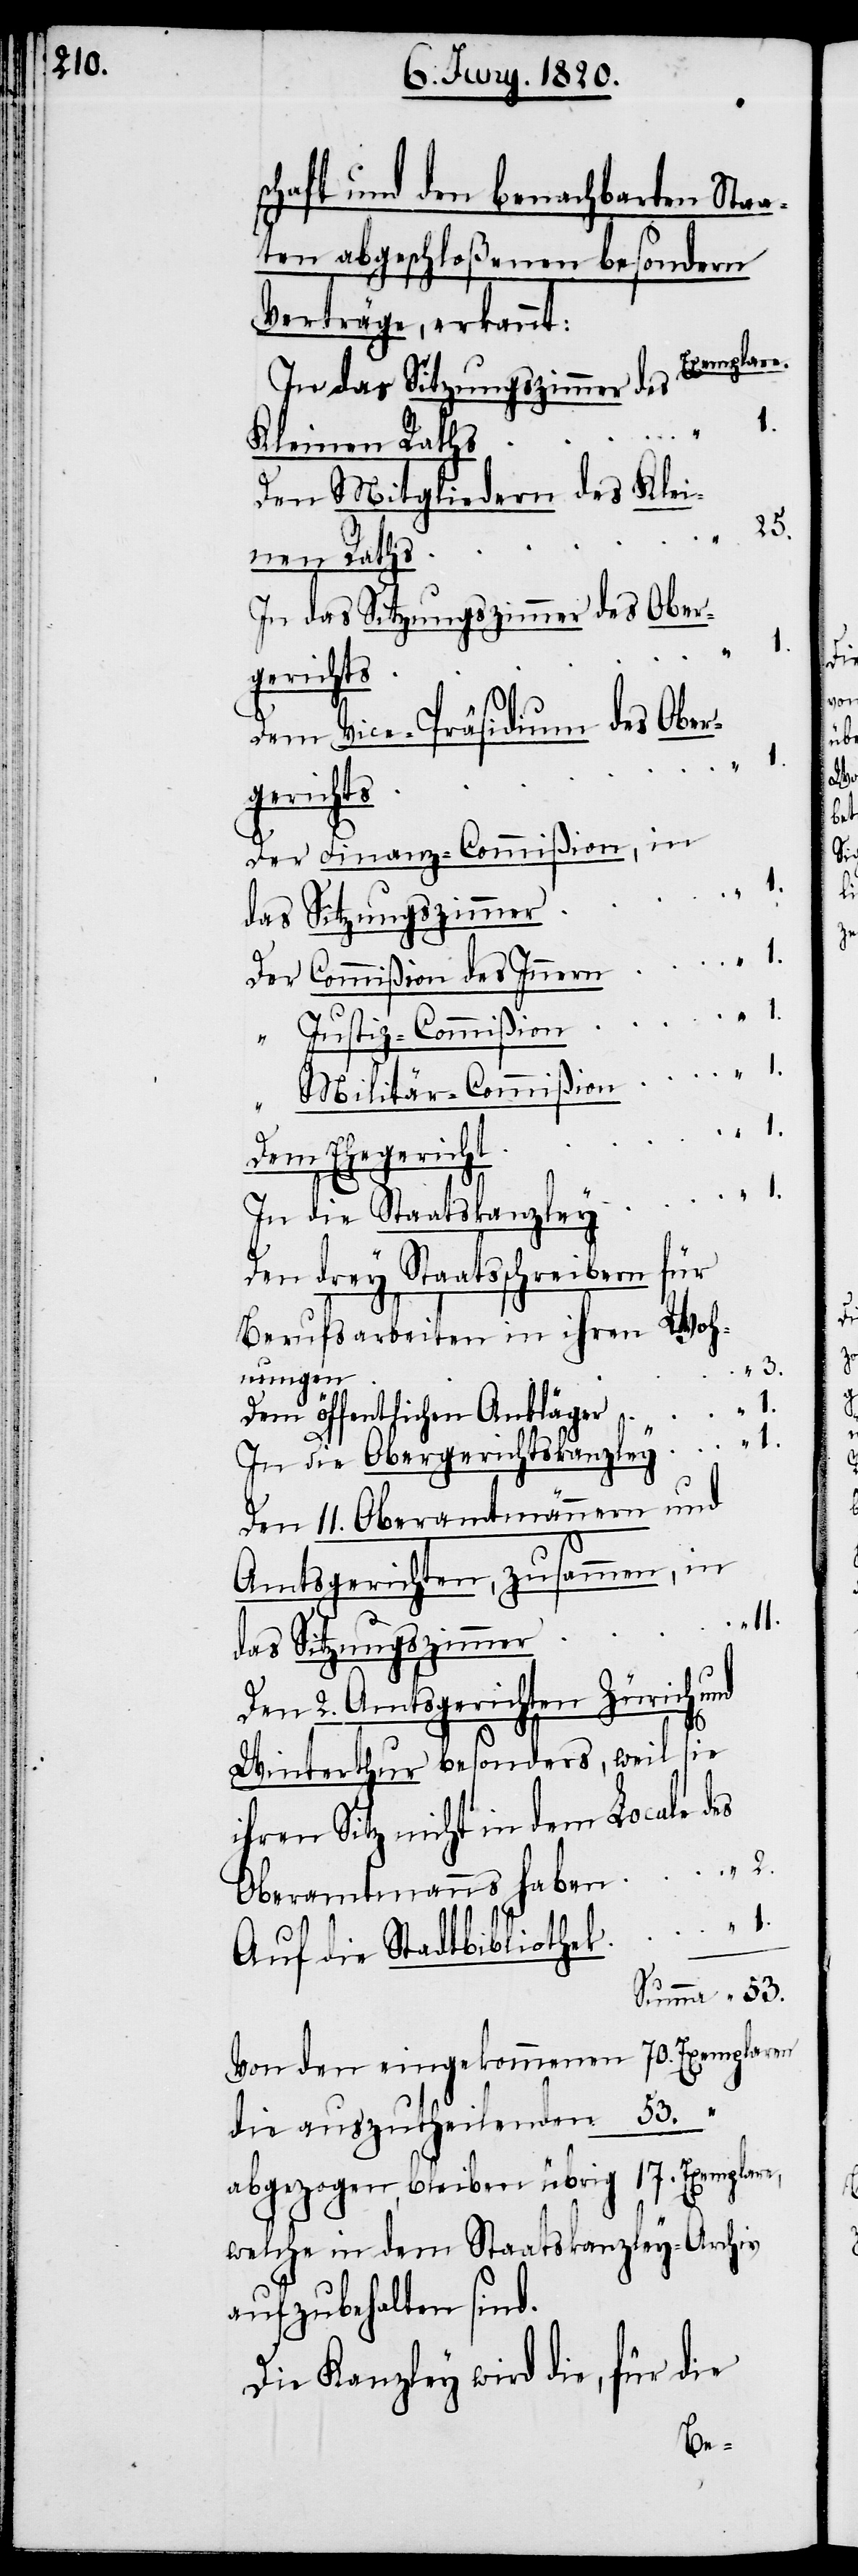
schaft den benachbarten Staa¬
ten abgeschloßenen besondern
Verträge, erkannt:
In das Sitzungszimmer des Kleinen
Den Mitgliedern des Klei¬
In das Sitzungszimmer des Ober¬
Dem Vice-Präsidium des Ober¬
gerichts	1.
Der Finanz-Commißion, in
Der Commißion des Innern	1.
“ Justiz-Commißion	1.
Militär-Commißion	1.
Dem Ehegerich¬
In die Staatskanzley	1.
für
Den drey Staatsschreibern
Berufsarbeiten in ihren Woh¬
Dem öffentlichen Ankläge¬
r	1.
In die Obergerichtskanzley	1.
Den 11. Oberamtmännern und
Amtsgerichten, zusammen,
ek	1.
das Sitzungszimme¬
Den 2. Amtsgerichten Zürich und
Winterthur besonders, weil sie
ihren Sitz nicht in dem Locale des
Oberamtmanns haben	2.
Auf die Stadtbiblioth¬
Summe 53.
von den eingekommenen 70. Exemplaren
53.
die auszutheilenden
17. Exemplare,
abgezogen, bleiben übrig
welche in dem Staatskanzley-Archiv
aufzubehalten sind.
Die Kanzley wird die, für die